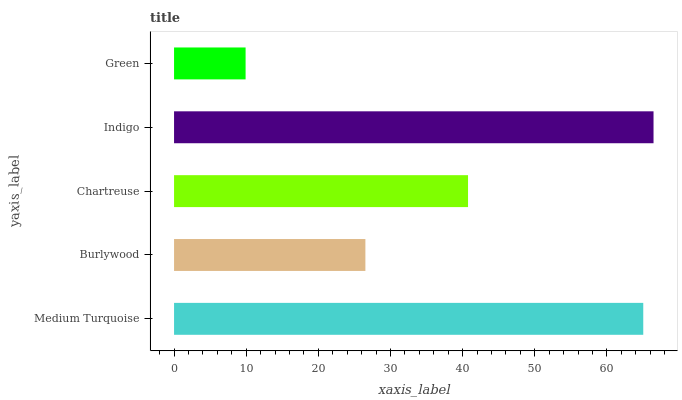
| yaxis_label | bars |
 | --- | --- |
 | Medium Turquoise | 65 |
 | Burlywood | 26.5 |
 | Chartreuse | 40.8 |
 | Indigo | 66.5 |
 | Green | 9.92 |